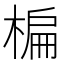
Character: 楄